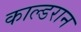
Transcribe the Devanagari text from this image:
काल्डरान